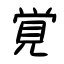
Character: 覚